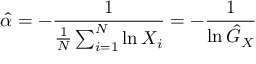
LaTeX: { \hat { \alpha } } = - { \frac { 1 } { { \frac { 1 } { N } } \sum _ { i = 1 } ^ { N } \ln X _ { i } } } = - { \frac { 1 } { \ln { \hat { G } } _ { X } } }